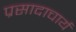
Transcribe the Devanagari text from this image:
प्रसादाचार्य